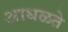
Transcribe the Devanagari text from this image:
आधळते